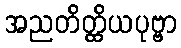
အညတိတ္ထိယပုဗ္ဗာ